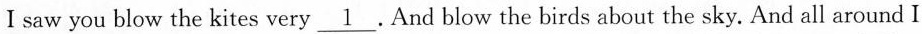
I saw you blow the kites very \underline{1} . And blow the birds about the sky. And all around I